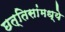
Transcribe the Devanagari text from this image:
छत्तिसांमध्ये